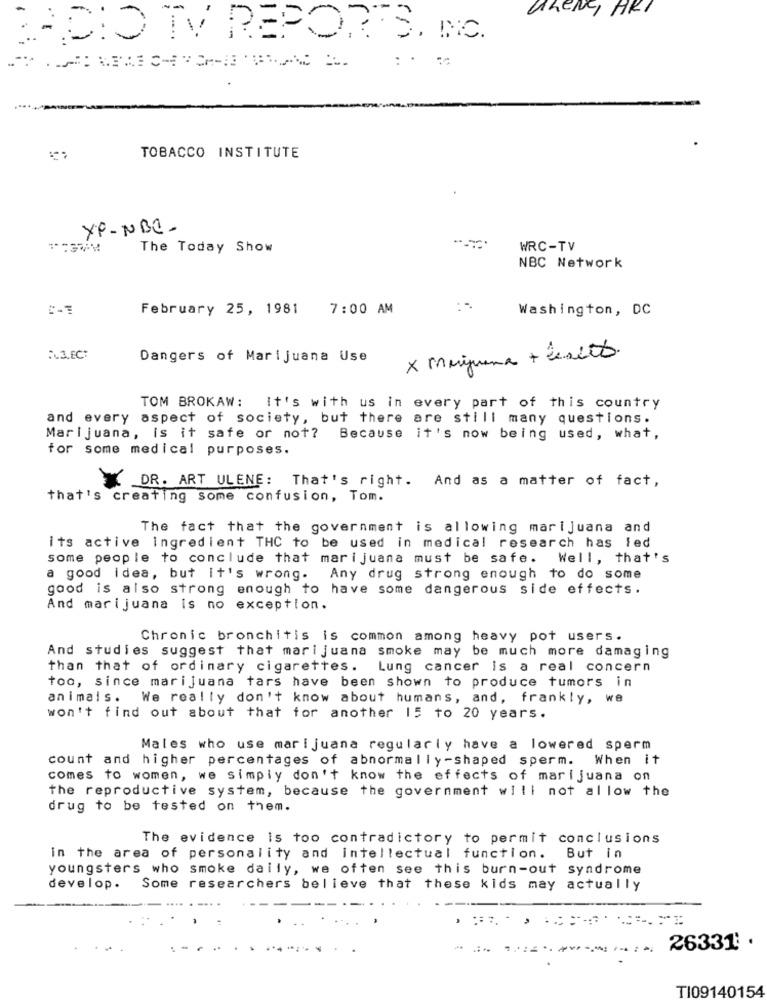
KRENG ARI
DIO TV REPORTS, INC.
TOBACCO INSTITUTE
YP-NBC-
The Today Show
WRC-TV
NBC Network
February 25, 1981
7:00 AM
Washington, DC
.. 3.ECT
Dangers of Marijuana Use
x Marijuana + ceset.
TOM BROKAW:
It's with us in every part of this country
and every aspect of society, but there are still many questions.
Marijuana, is it safe or not? Because it's now being used, what,
for some medical purposes.
DR. ART ULENE: That's right. And as a matter of fact,
that's creating some confusion, Tom.
The fact that the government is allowing marijuana and
its active Ingredient THC to be used in medical research has led
some people to conclude that marijuana must be safe. Well, that's
a good idea, but it's wrong.
Any drug strong enough to do some
good is also strong enough to have some dangerous side effects.
And marijuana is no exception.
Chronic bronchitis is common among heavy pot users.
And studies suggest that marijuana smoke may be much more damaging
than that of ordinary cigarettes. Lung cancer is a real concern
too, since marijuana tars have been shown to produce tumors in
animais. We really don't know about humans, and, frankly, we
won't find out about that for another 15 to 20 years.
Males who use marijuana regularly have a lowered sperm
count and higher percentages of abnormally-shaped sperm. When it
comes to women, we simply don't know the effects of marijuana on
the reproductive system, because the government will not allow the
drug to be tested on them.
The evidence Is too contradictory to permit conclusions
in the area of personality and intellectual function. But in
youngsters who smoke daily, we often see this burn-out syndrome
develop. Some researchers believe that these kids may actually
26331 .
TI09140154